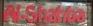
al-shahba